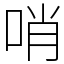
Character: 哨